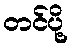
တင်ပို့